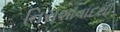
નિરાશાવાદથી